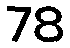
78